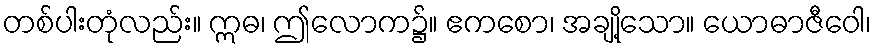
တစ်ပါးတုံလည်း။ ဣဓ၊ ဤလောက၌။ ဧကစော၊ အချို့သော။ ယောဓာဇီဝေါ၊